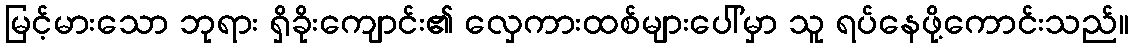
မြင့်မားသော ဘုရား ရှိခိုးကျောင်း၏ လှေကားထစ်များပေါ်မှာ သူ ရပ်နေဖို့ကောင်းသည်။